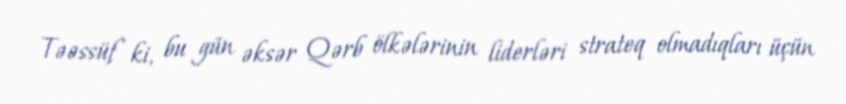
Təəssüf ki, bu gün əksər Qərb ölkələrinin liderləri strateq olmadıqları üçün